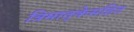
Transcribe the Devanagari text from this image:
त्रिमातृकेसहित